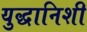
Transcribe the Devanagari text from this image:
युद्धानिशी